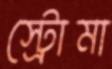
স্ট্রোমা